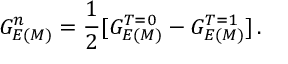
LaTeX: G _ { E ( M ) } ^ { n } = \frac 1 2 [ G _ { E ( M ) } ^ { T = 0 } - G _ { E ( M ) } ^ { T = 1 } ] \, .